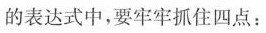
的表达式中，要牢牢抓住四点：